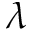
\lambda